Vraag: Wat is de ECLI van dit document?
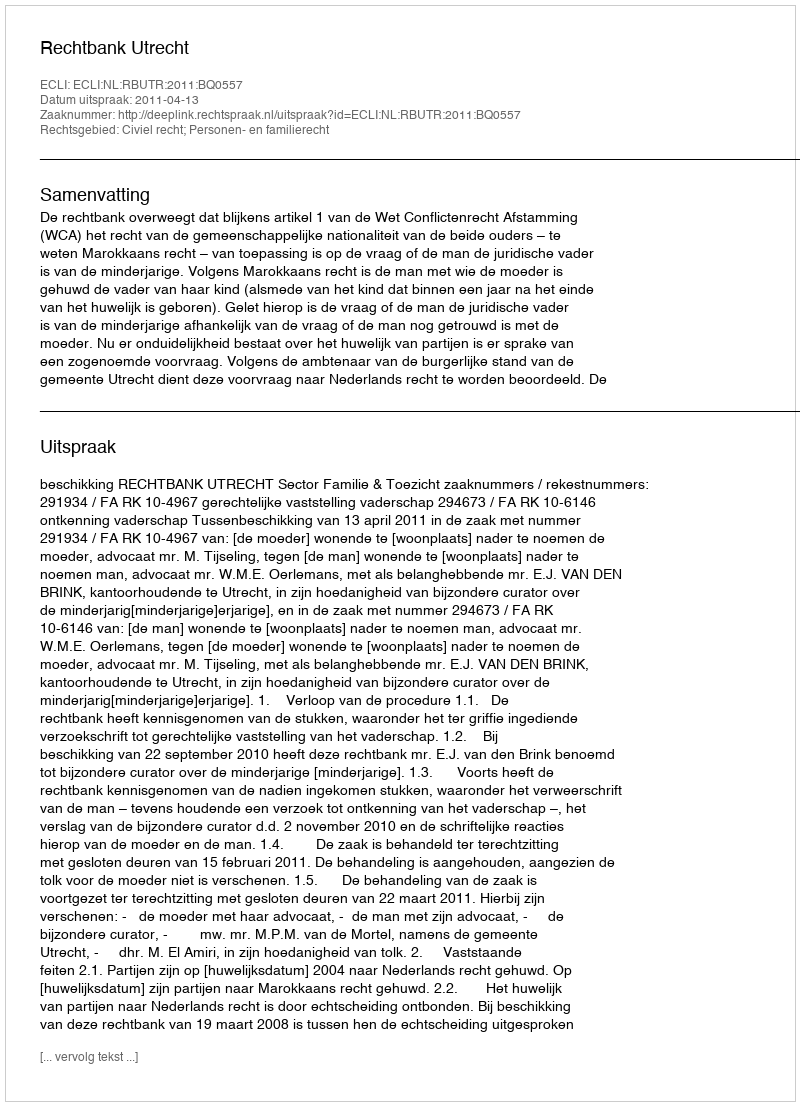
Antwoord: ECLI:NL:RBUTR:2011:BQ0557